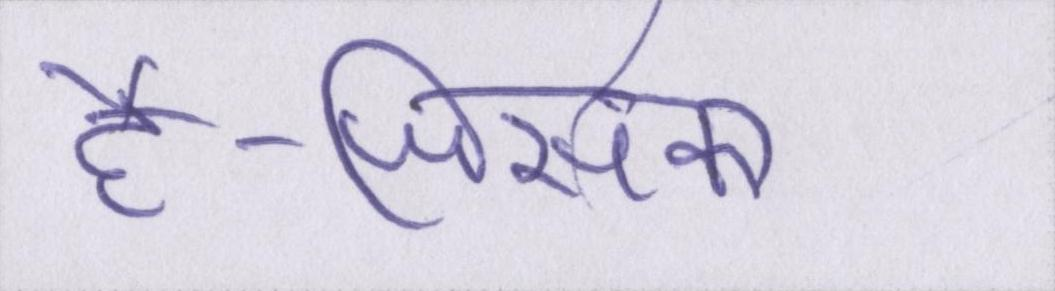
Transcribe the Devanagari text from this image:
है-जिसका